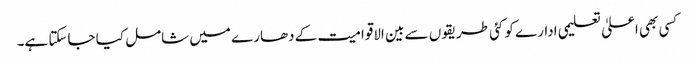
کسی بھی اعلیٰ تعلیمی ادارے کو کئی طریقوں سے بین الاقوامیت کے دھارے میں شامل کیا جاسکتا ہے۔